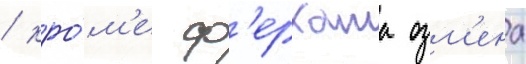
/ кро́м'е ф'ерхата озм'ена